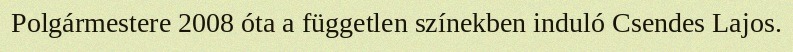
Polgármestere 2008 óta a független színekben induló Csendes Lajos.